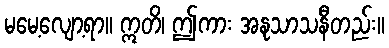
မမေ့လျော့ရာ။ ဣတိ၊ ဤကား အနုသာသနီတည်း။